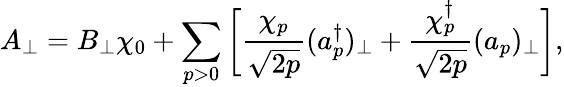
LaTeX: A_{\perp}=B_{\perp}\chi_{0}+\sum_{p>0}\bigg[\frac{\chi_{p}}{\sqrt{2p}}(a_{p}^{\dagger})_{\perp}+\frac{\chi_{p}^{\dagger}}{\sqrt{2p}}(a_{p})_{\perp}\bigg],